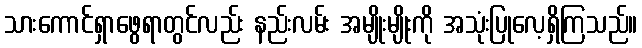
သားကောင်ရှာဖွေရာတွင်လည်း နည်းလမ်း အမျိုးမျိုးကို အသုံးပြုလေ့ရှိကြသည်။